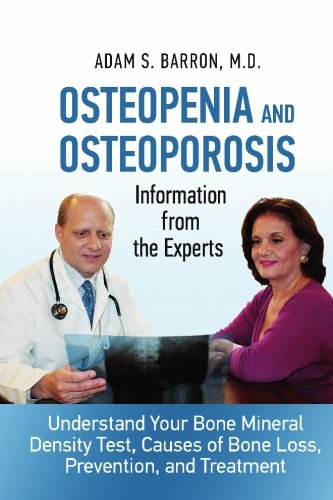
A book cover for Osteopenia and Osteoporosis: Information from the Experts: Understand Your Bone Mineral Density Test, Causes of Bone Loss, Prevention, and Treatment; Dr. Adam S. Barron M.D.; Health, Fitness & Dieting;